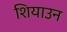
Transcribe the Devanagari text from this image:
शियाउन